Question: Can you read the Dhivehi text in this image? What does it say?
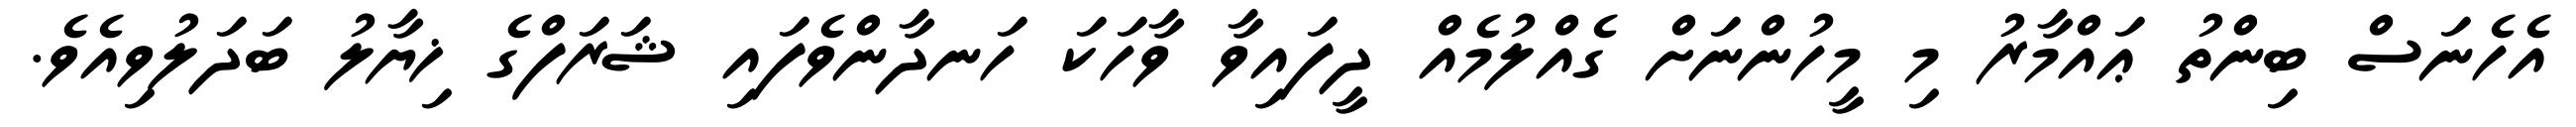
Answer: އެހެނަސް ބިންތު ޢައްމާރު މި މީހުންނަށް ގެއްލުމެއް ދީފައިވާ ވާހަކަ ހަނދާންވެފައި ޝަރަފްގެ ޚިޔާލު ބަދަލުވިއެވެ.